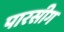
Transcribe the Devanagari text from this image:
पारसीग